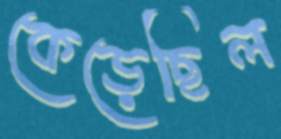
কেড়েছিল